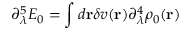
\partial _ { \lambda } ^ { 5 } E _ { 0 } = \int d { \bf r } \delta v ( { \bf r } ) \partial _ { \lambda } ^ { 4 } \rho _ { 0 } ( { \bf r } )